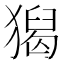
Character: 𤡡